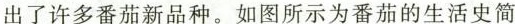
出了许多番茄新品种。如图所示为番茄的生活史简